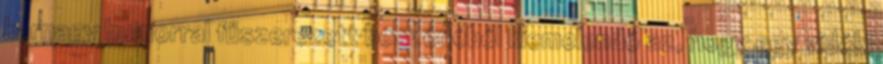
karnagy humorral fűszerezett beszédéből kiemelendő az, hogy egy vidéki